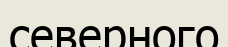
северного